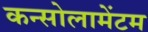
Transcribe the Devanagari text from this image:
कन्सोलामेंटम